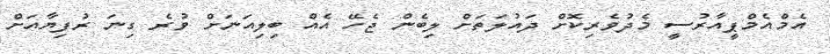
އެމްއެމްޕީއާރުސީ މެދުވެރިކޮށް ދައުލަތަށް ލިބެން ޖެހޭ އެއް ބިލިއަނަށް ވުރެ ގިނަ ރުފިޔާއަށް